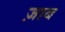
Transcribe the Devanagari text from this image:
ज़ाब